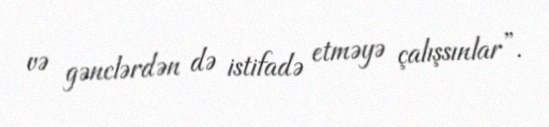
və gənclərdən də istifadə etməyə çalışsınlar”.